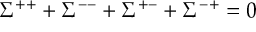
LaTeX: \Sigma ^ { + + } + \Sigma ^ { -- } + \Sigma ^ { + - } + \Sigma ^ { - + } = 0